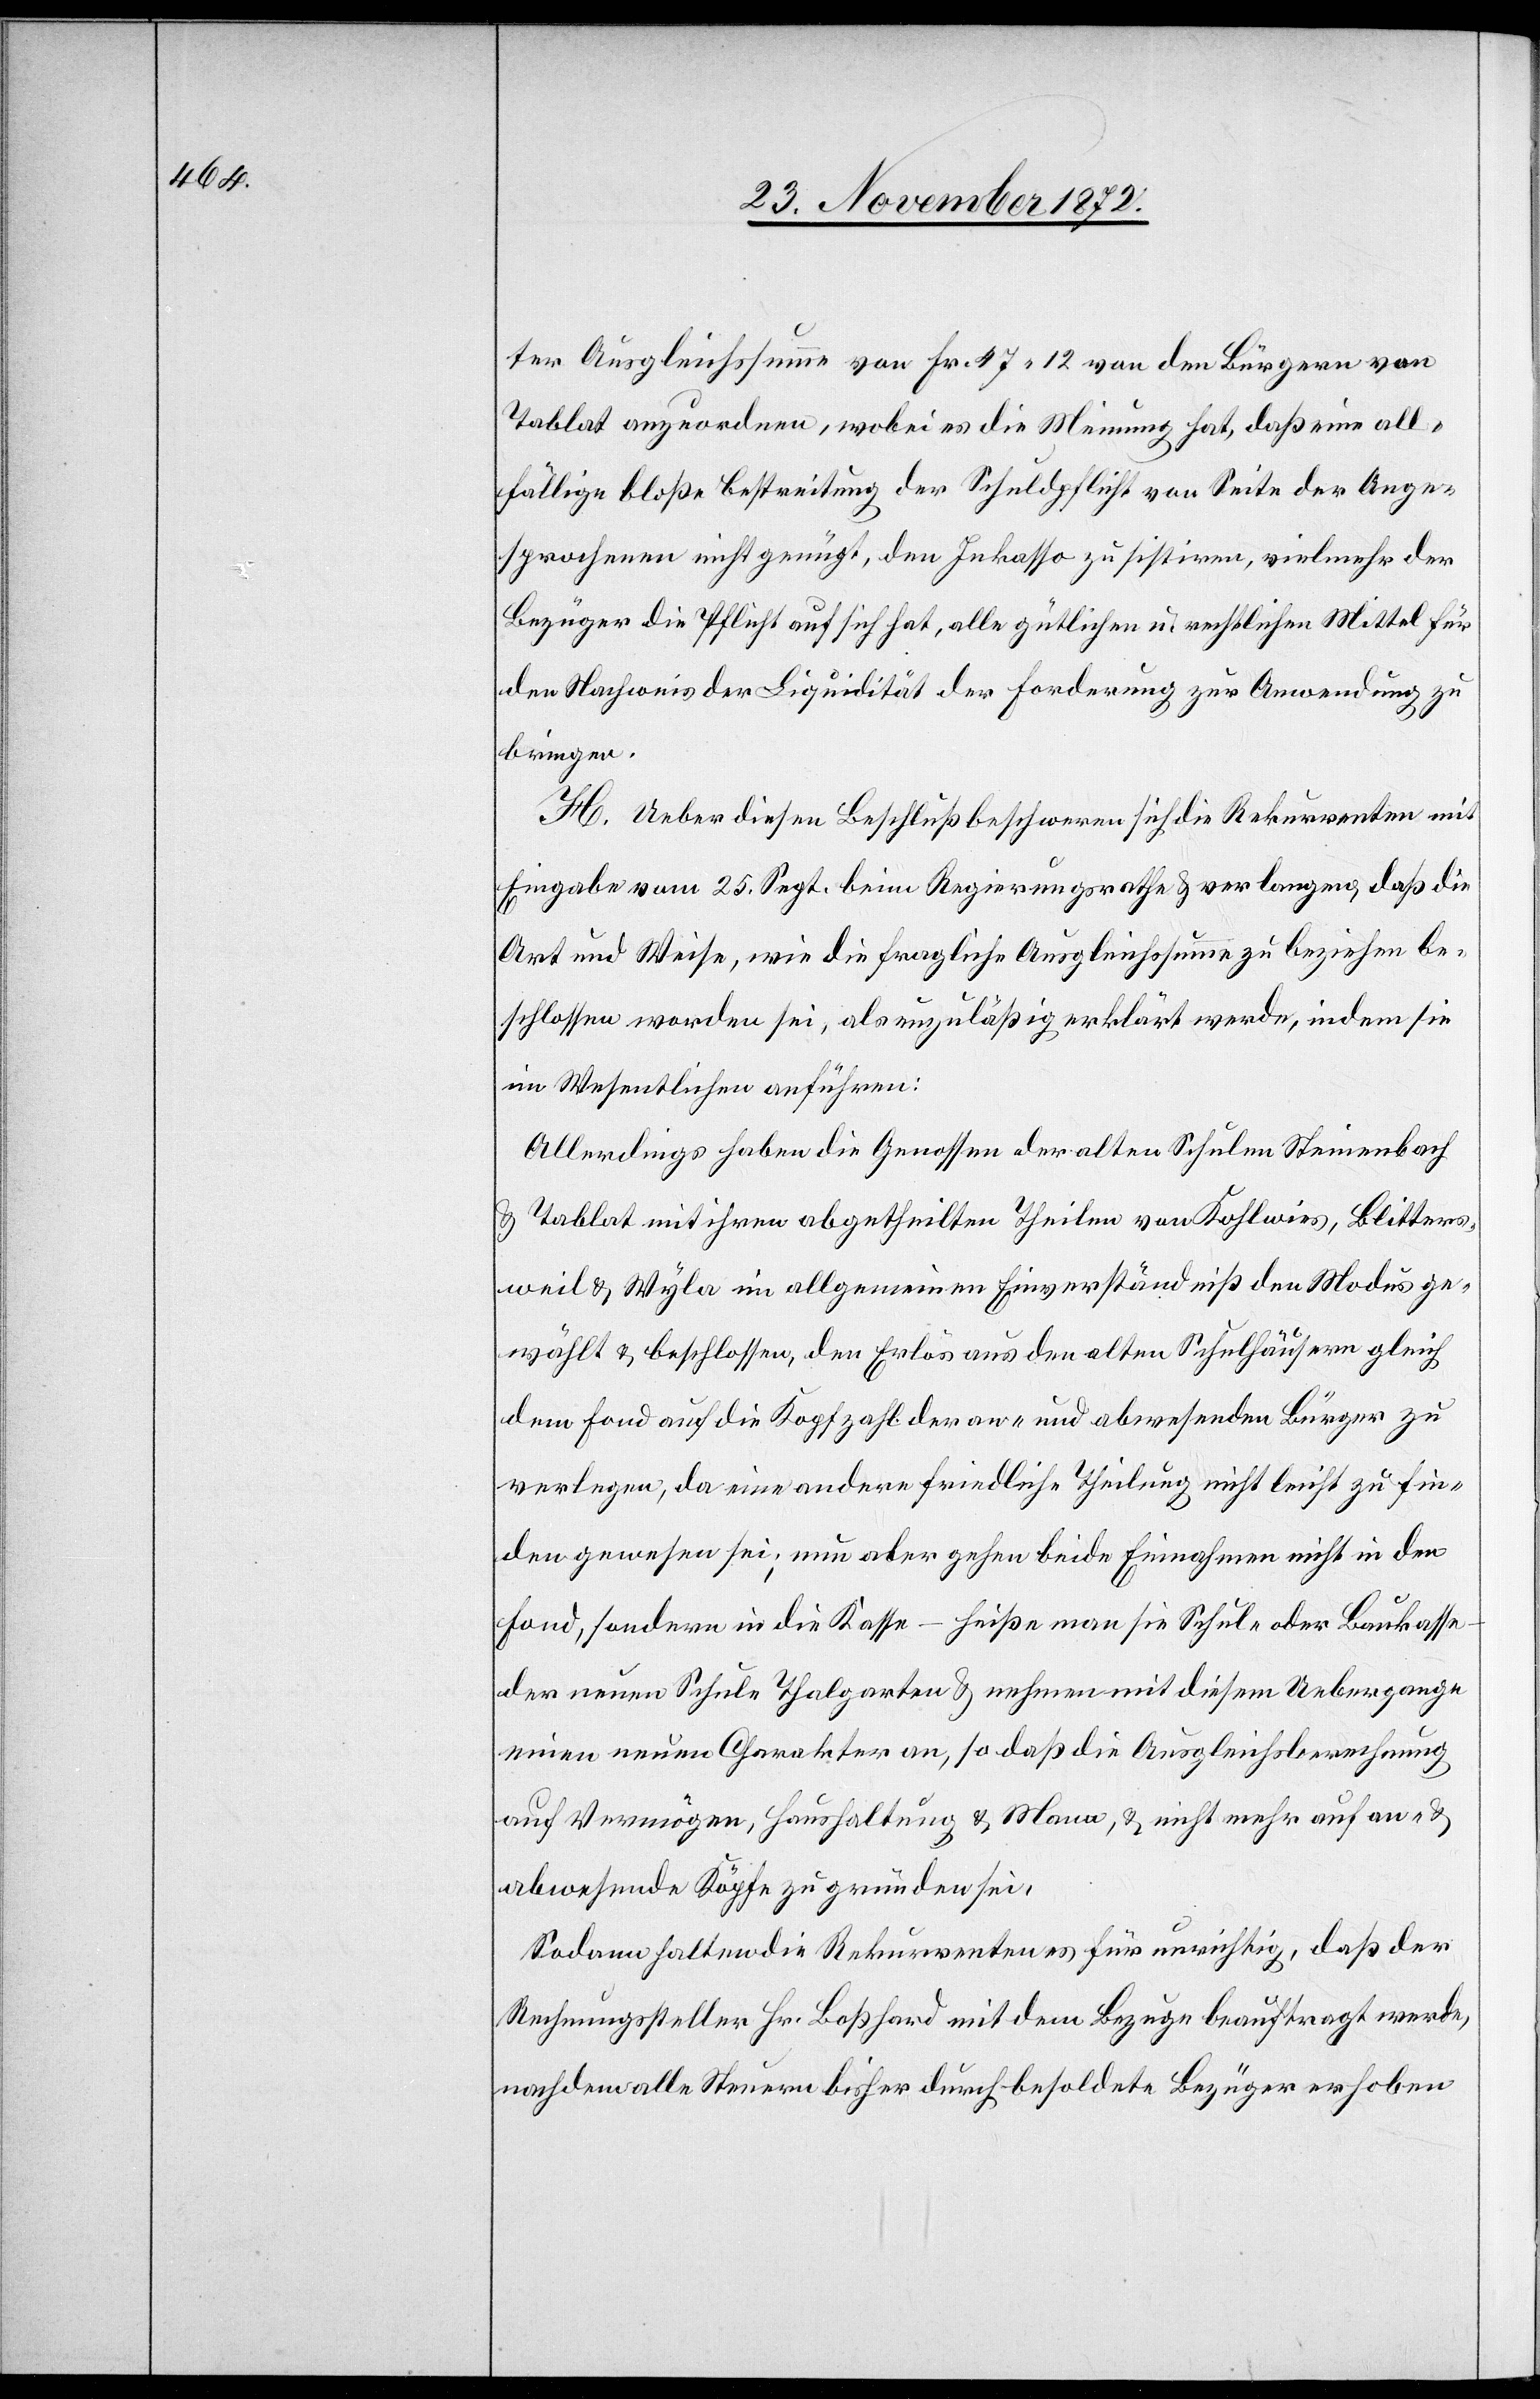
ter Ausgleichsumme von Fr. 47 12 von den Bürgern von
Tablat anzuordnen, wobei es die Meinung hat, daß eine all¬
fällige bloße Bestreitung der Schuldpflicht von Seite der Ange¬
sprochenen nicht genügt, den Inkasso zu sistiren, vielmehr der
Bezüger die Pflicht auf sich hat, alle gütlichen u. rechtlichen Mittel für
den Nachweis der Liquidität der Forderung zur Anwendung zu
bringen.
H. Ueber diesen Beschluß beschweren sich die Rekurrenten mit
Eingabe vom 25. Sept. beim Regierungsrathe u. verlangen, daß die
Art und Weise, wie die fragliche Ausgleichssumme zu beziehen be¬
schlossen worden sei, als unzuläßig erklärt werde, indem sie
im Wesentlichen anführen:
Allerdings haben die Genossen der alten Schulen Steinenbach
u. Tablat mit ihren abgetheilten Theilen von Kohlwies, Blitters¬
weil u. Wyla im allgemeinen Einverständniß den Modus ge¬
wählt u. beschlossen, den Erlös aus den alten Schulhäusern gleich
dem Fond auf die Kopfzahl der an- und abwesenden Bürger zu
verlegen, da eine andere friedliche Theilung nicht leicht zu fin¬
den gewesen sei; nun aber gehen beide Einnahmen nicht in den
Fond, sondern in die Kasse – heiße man sie Schule oder Baukasse
der neuen Schule Thalgarten u. nehmen mit diesem Uebergange
einen neuen Charakter an, so daß die Ausgleichsberechnung
auf Vermögen, Haushaltung u. Mann, u. nicht mehr auf an- u.
abwesende Köpfe zu gründen sei,
Sodann halten die Rekurrenten es für unrichtig, daß der
Rechnungssteller Hr. Boßhard mit dem Bezuge beauftragt werde,
nachdem alle Steuern bisher durch besoldete Bezüger erhoben